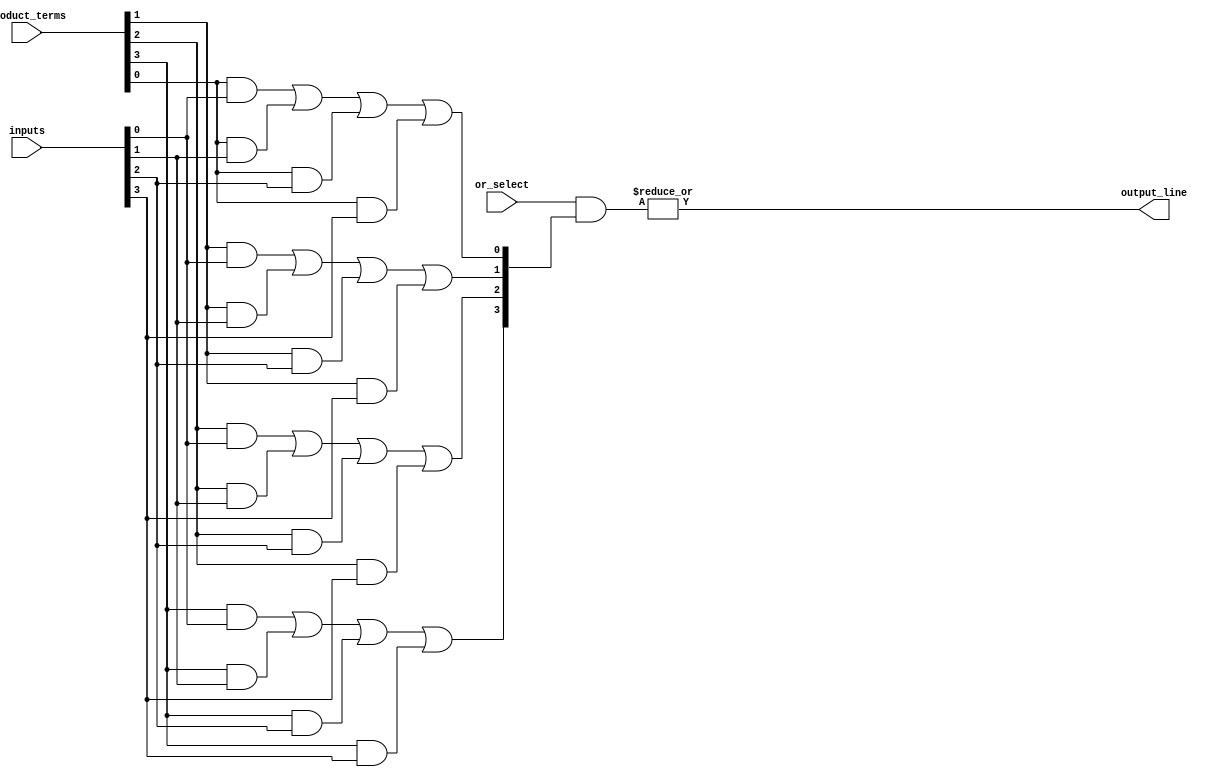
module CLB (
    input wire [N-1:0] inputs,       // N input lines
    input wire [M-1:0] product_terms, // M programmable product terms
    input wire [M-1:0] or_select,     // Select signals for OR gates
    output wire output_line            // Output line
);

parameter N = 4; // Number of input lines
parameter M = 4; // Number of product terms

// Internal wires for product terms
wire [M-1:0] and_outputs;

// Generate product terms using AND gates
genvar i;
generate
    for (i = 0; i < M; i = i + 1) begin : and_gate
        assign and_outputs[i] = (product_terms[i] & inputs[0]) |
                                 (product_terms[i] & inputs[1]) |
                                 (product_terms[i] & inputs[2]) |
                                 (product_terms[i] & inputs[3]);
    end
endgenerate

// Final output using OR gates
assign output_line = |(or_select & and_outputs);

endmodule